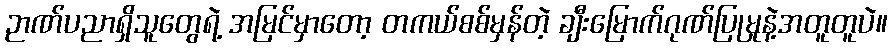
ဉာဏ်ပညာရှိသူတွေရဲ့ အမြင်မှာတော့ တကယ်စစ်မှန်တဲ့ ချီးမြောက်ဂုဏ်ပြုမှုနဲ့အတူတူပဲ။